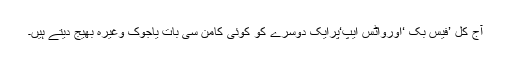
آج کل ’فیس بُک ‘اورواٹس ایپ‘پرایک دوسرے کو کوئی کامن سی بات یاجوک وغیرہ بھیج دیتے ہیں۔